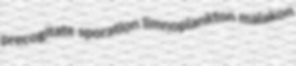
precogitate sporation limnoplankton malakon